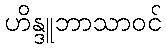
ဟိန္ဒူဘာသာဝင်